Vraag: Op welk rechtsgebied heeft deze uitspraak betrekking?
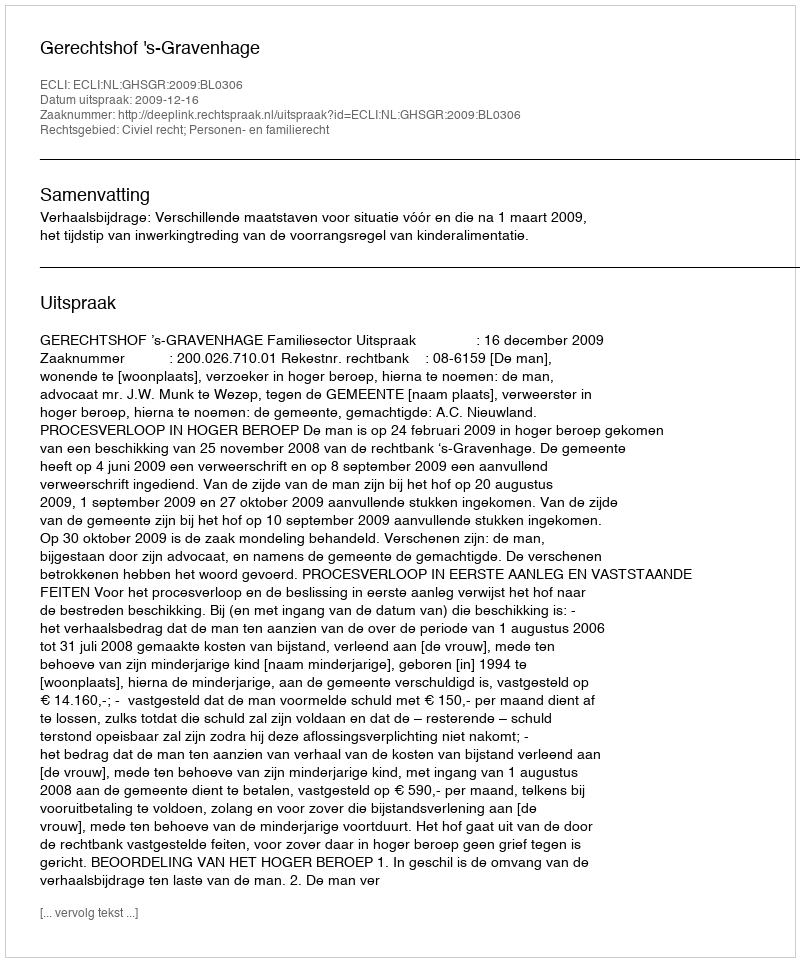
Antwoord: Civiel recht; Personen- en familierecht